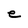
Character: e